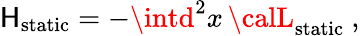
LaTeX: \mathsf{H}_{\mathrm{{static}}}=-\intd^{2}x\, {\calL}_{\mathrm{{static}}}\ ,